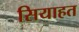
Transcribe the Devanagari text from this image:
सियाहत